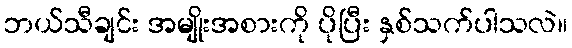
ဘယ်သီချင်း အမျိုးအစားကို ပိုပြီး နှစ်သက်ပါသလဲ။